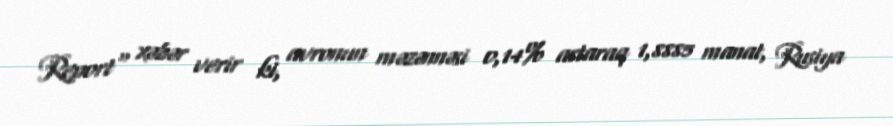
Report" xəbər verir ki, avronun məzənnəsi 0,14% artaraq 1,8885 manat, Rusiya